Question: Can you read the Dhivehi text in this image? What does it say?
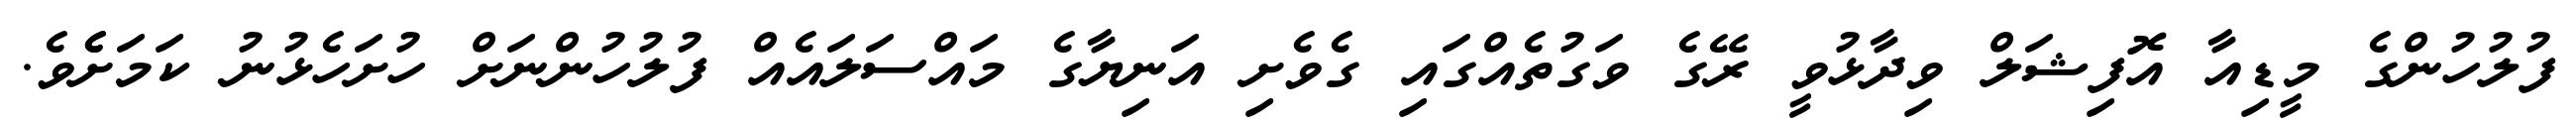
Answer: ފުލުހުންގެ މީޑިއާ އޮފިޝަލް ވިދާޅުވީ ރޭގެ ވަގުތެއްގައި ގެވެށި އަނިޔާގެ މައްސަލައެއް ފުލުހުންނަށް ހުށަހެޅުނު ކަމަށެެވެ.